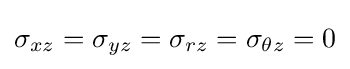
\sigma _{xz}=\sigma _{yz}=\sigma _{rz}=\sigma _{\theta z}=0